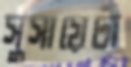
সুসায়েটা